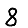
Digit: 8